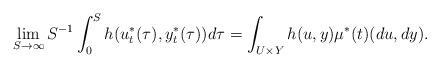
LaTeX: \begin{align*}\lim_{S\rightarrow\infty} S^{-1}\int_0^S h(u_t^{*}(\tau),y_t^{*}(\tau))d\tau = \int_{U\times Y}h(u,y)\mu^*(t)(du,dy). \end{align*}